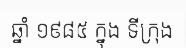
ឆ្នាំ ១៩៨៥ ក្នុង ទីក្រុង